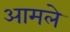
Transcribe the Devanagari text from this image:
आमले